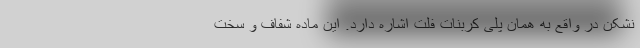
نشکن در واقع به همان پلی کربنات فلت اشاره دارد. این ماده شفاف و سخت